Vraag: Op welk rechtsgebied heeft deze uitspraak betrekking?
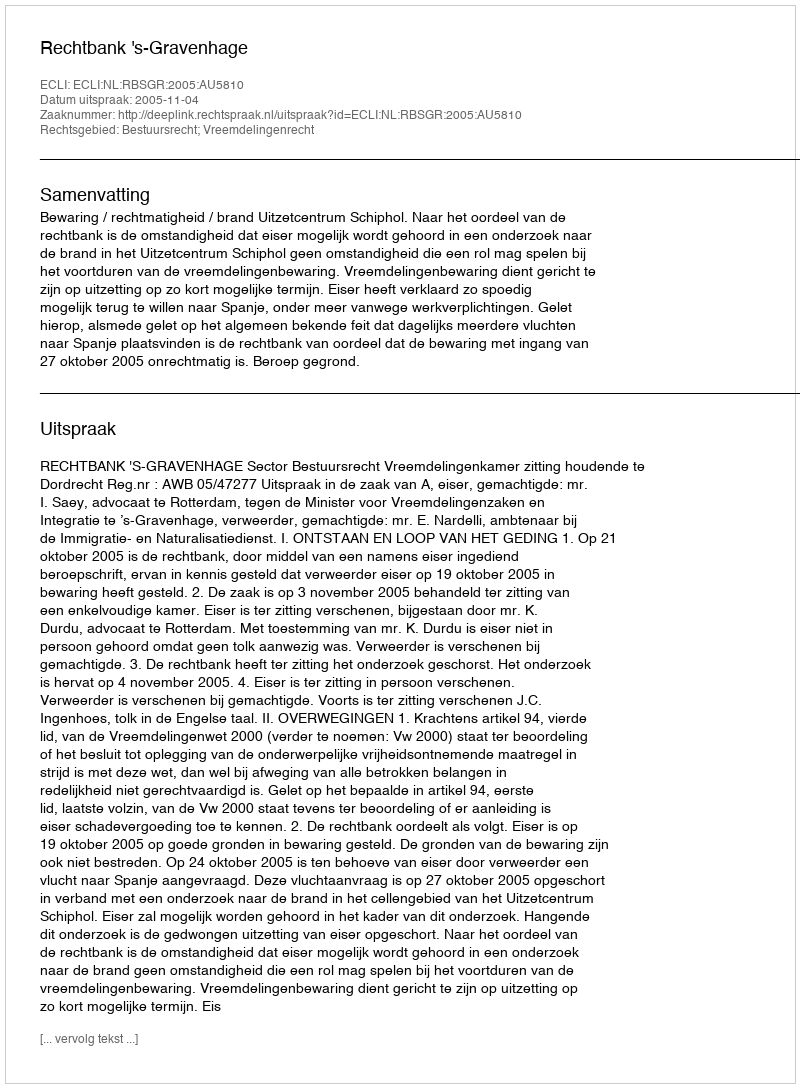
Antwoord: Bestuursrecht; Vreemdelingenrecht